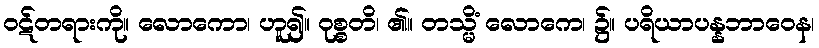
ဝဋ်တရားကို။ လောကော၊ ဟူ၍။ ဝုစ္စတိ၊ ၏။ တသ္မိံ လောကေ၊ ၌။ ပရိယာပန္နဘာဝေန၊